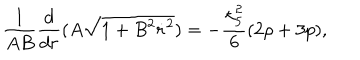
\frac { 1 } { A B } \frac { d } { d r } ( A \sqrt { 1 + B ^ { 2 } \dot { r } ^ { 2 } } ) = - \frac { \kappa _ { 5 } ^ { 2 } } { 6 } ( 2 \rho + 3 p ) ,